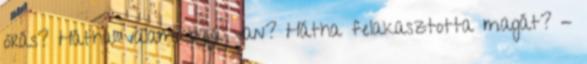
órás? Hátha valami baja van? Hátha felakasztotta magát? -